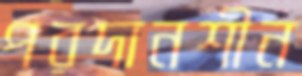
পরদানশীন